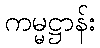
ကမ္မဋ္ဌာန်း